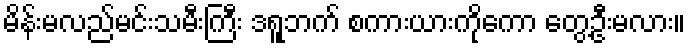
မိန်းမလည်မင်းသမီးကြီး ဒရူဘက် စကားယားကိုကော တွေ့ဦးမလား။